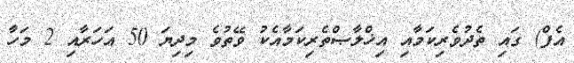
އެފް) ގައި ތެދުވެރިކަމާއި އިޚްލާޞްތެރިކަމާއެކު ވޭތުވެ މިދިޔަ 50 އަހަރާއި 2 މަހާ